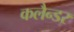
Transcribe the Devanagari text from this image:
कलैन्डर